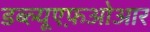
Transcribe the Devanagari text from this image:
डब्ल्यूएफ़ओआर